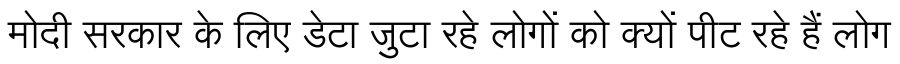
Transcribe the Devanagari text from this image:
मोदी सरकार के लिए डेटा जुटा रहे लोगों को क्यों पीट रहे हैं लोग